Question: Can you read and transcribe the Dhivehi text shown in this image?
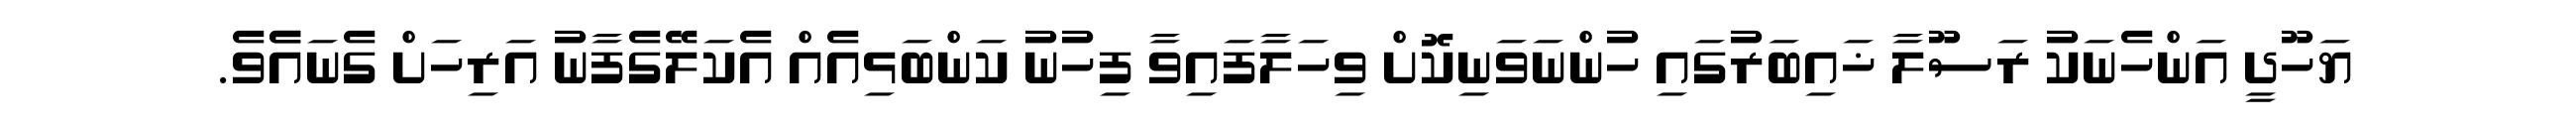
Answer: ޔަހޫދީ އަންހެނަކު ރަސޫލާ ޚައިބަރުގައި ހުންނަވަނިކޮށް ވިހަލާފައިވާ ފިހުނު ކަންބަޅިއެއް އެކަލޭގެފާނު އަރިހަށް ގެނައެެވެ.